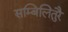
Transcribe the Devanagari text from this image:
सम्बिलितुरै